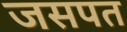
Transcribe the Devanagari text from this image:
जसपत